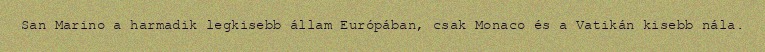
San Marino a harmadik legkisebb állam Európában, csak Monaco és a Vatikán kisebb nála.